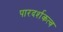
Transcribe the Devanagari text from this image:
पारदर्शकत्व